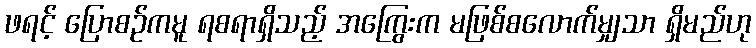
ဖရင့် ပြောစဉ်ကမူ ရစရာရှိသည့် အကြွေးက မဖြစ်စလောက်မျှသာ ရှိမည်ဟု